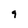
Character: 9